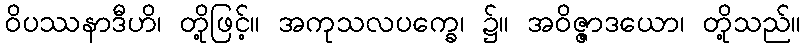
ဝိပဿနာဒီဟိ၊ တို့ဖြင့်။ အကုသလပက္ခေ၊ ၌။ အဝိဇ္ဇာဒယော၊ တို့သည်။